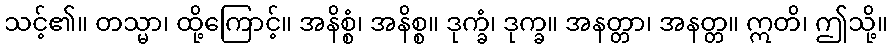
သင့်၏။ တသ္မာ၊ ထို့ကြောင့်။ အနိစ္စံ၊ အနိစ္စ။ ဒုက္ခံ၊ ဒုက္ခ။ အနတ္တာ၊ အနတ္တ။ ဣတိ၊ ဤသို့။